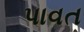
પાવત